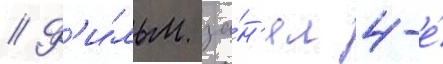
// Ф'и́льм за́н'ял 4-е́